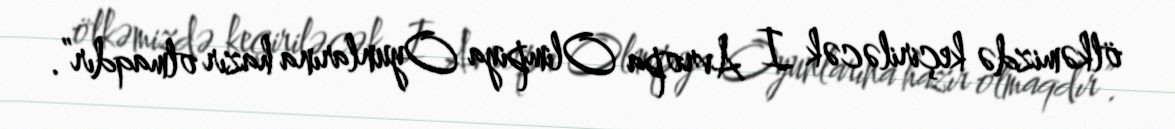
ölkəmizdə keçiriləcək I Avropa Olimpiya Oyunlarına hazır olmaqdır”.